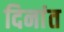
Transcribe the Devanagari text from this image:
दिनांत